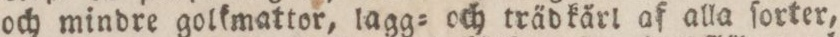
och mindre golkmattor, lagg= och träd kårl af alla ſorter,